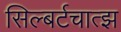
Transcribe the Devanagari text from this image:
सिल्बर्टचात्झ